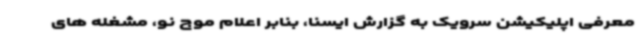
معرفی اپلیکیشن سرویک به گزارش ایسنا، بنابر اعلام موج نو، مشغله های